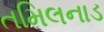
તમિલનાડ